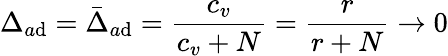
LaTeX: \Delta_{a\mathrm{d}}=\bar{{\Delta}}_{a\mathrm{d}}=\frac{{c_{v}}}{{c_{v}+N}}=\frac{{r}}{{r+N}}\rightarrow0